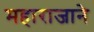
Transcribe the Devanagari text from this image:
महाराजाने